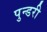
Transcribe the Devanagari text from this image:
पुन्डरी